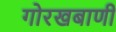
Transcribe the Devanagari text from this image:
गोरखबाणी